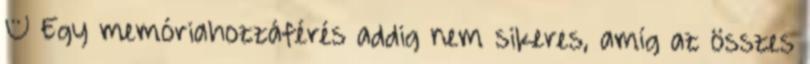
– Egy memóriahozzáférés addig nem sikeres, amíg az összes